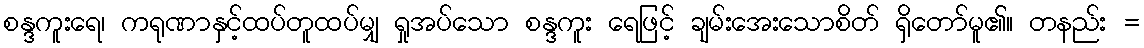
စန္ဒကူးရေ၊ ကရုဏာနှင့်ထပ်တူထပ်မျှ ရှုအပ်သော စန္ဒကူး ရေဖြင့် ချမ်းအေးသောစိတ် ရှိတော်မူ၏။ တနည်း =